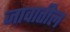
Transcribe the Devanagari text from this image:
जावातील